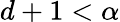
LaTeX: d+1<\alpha